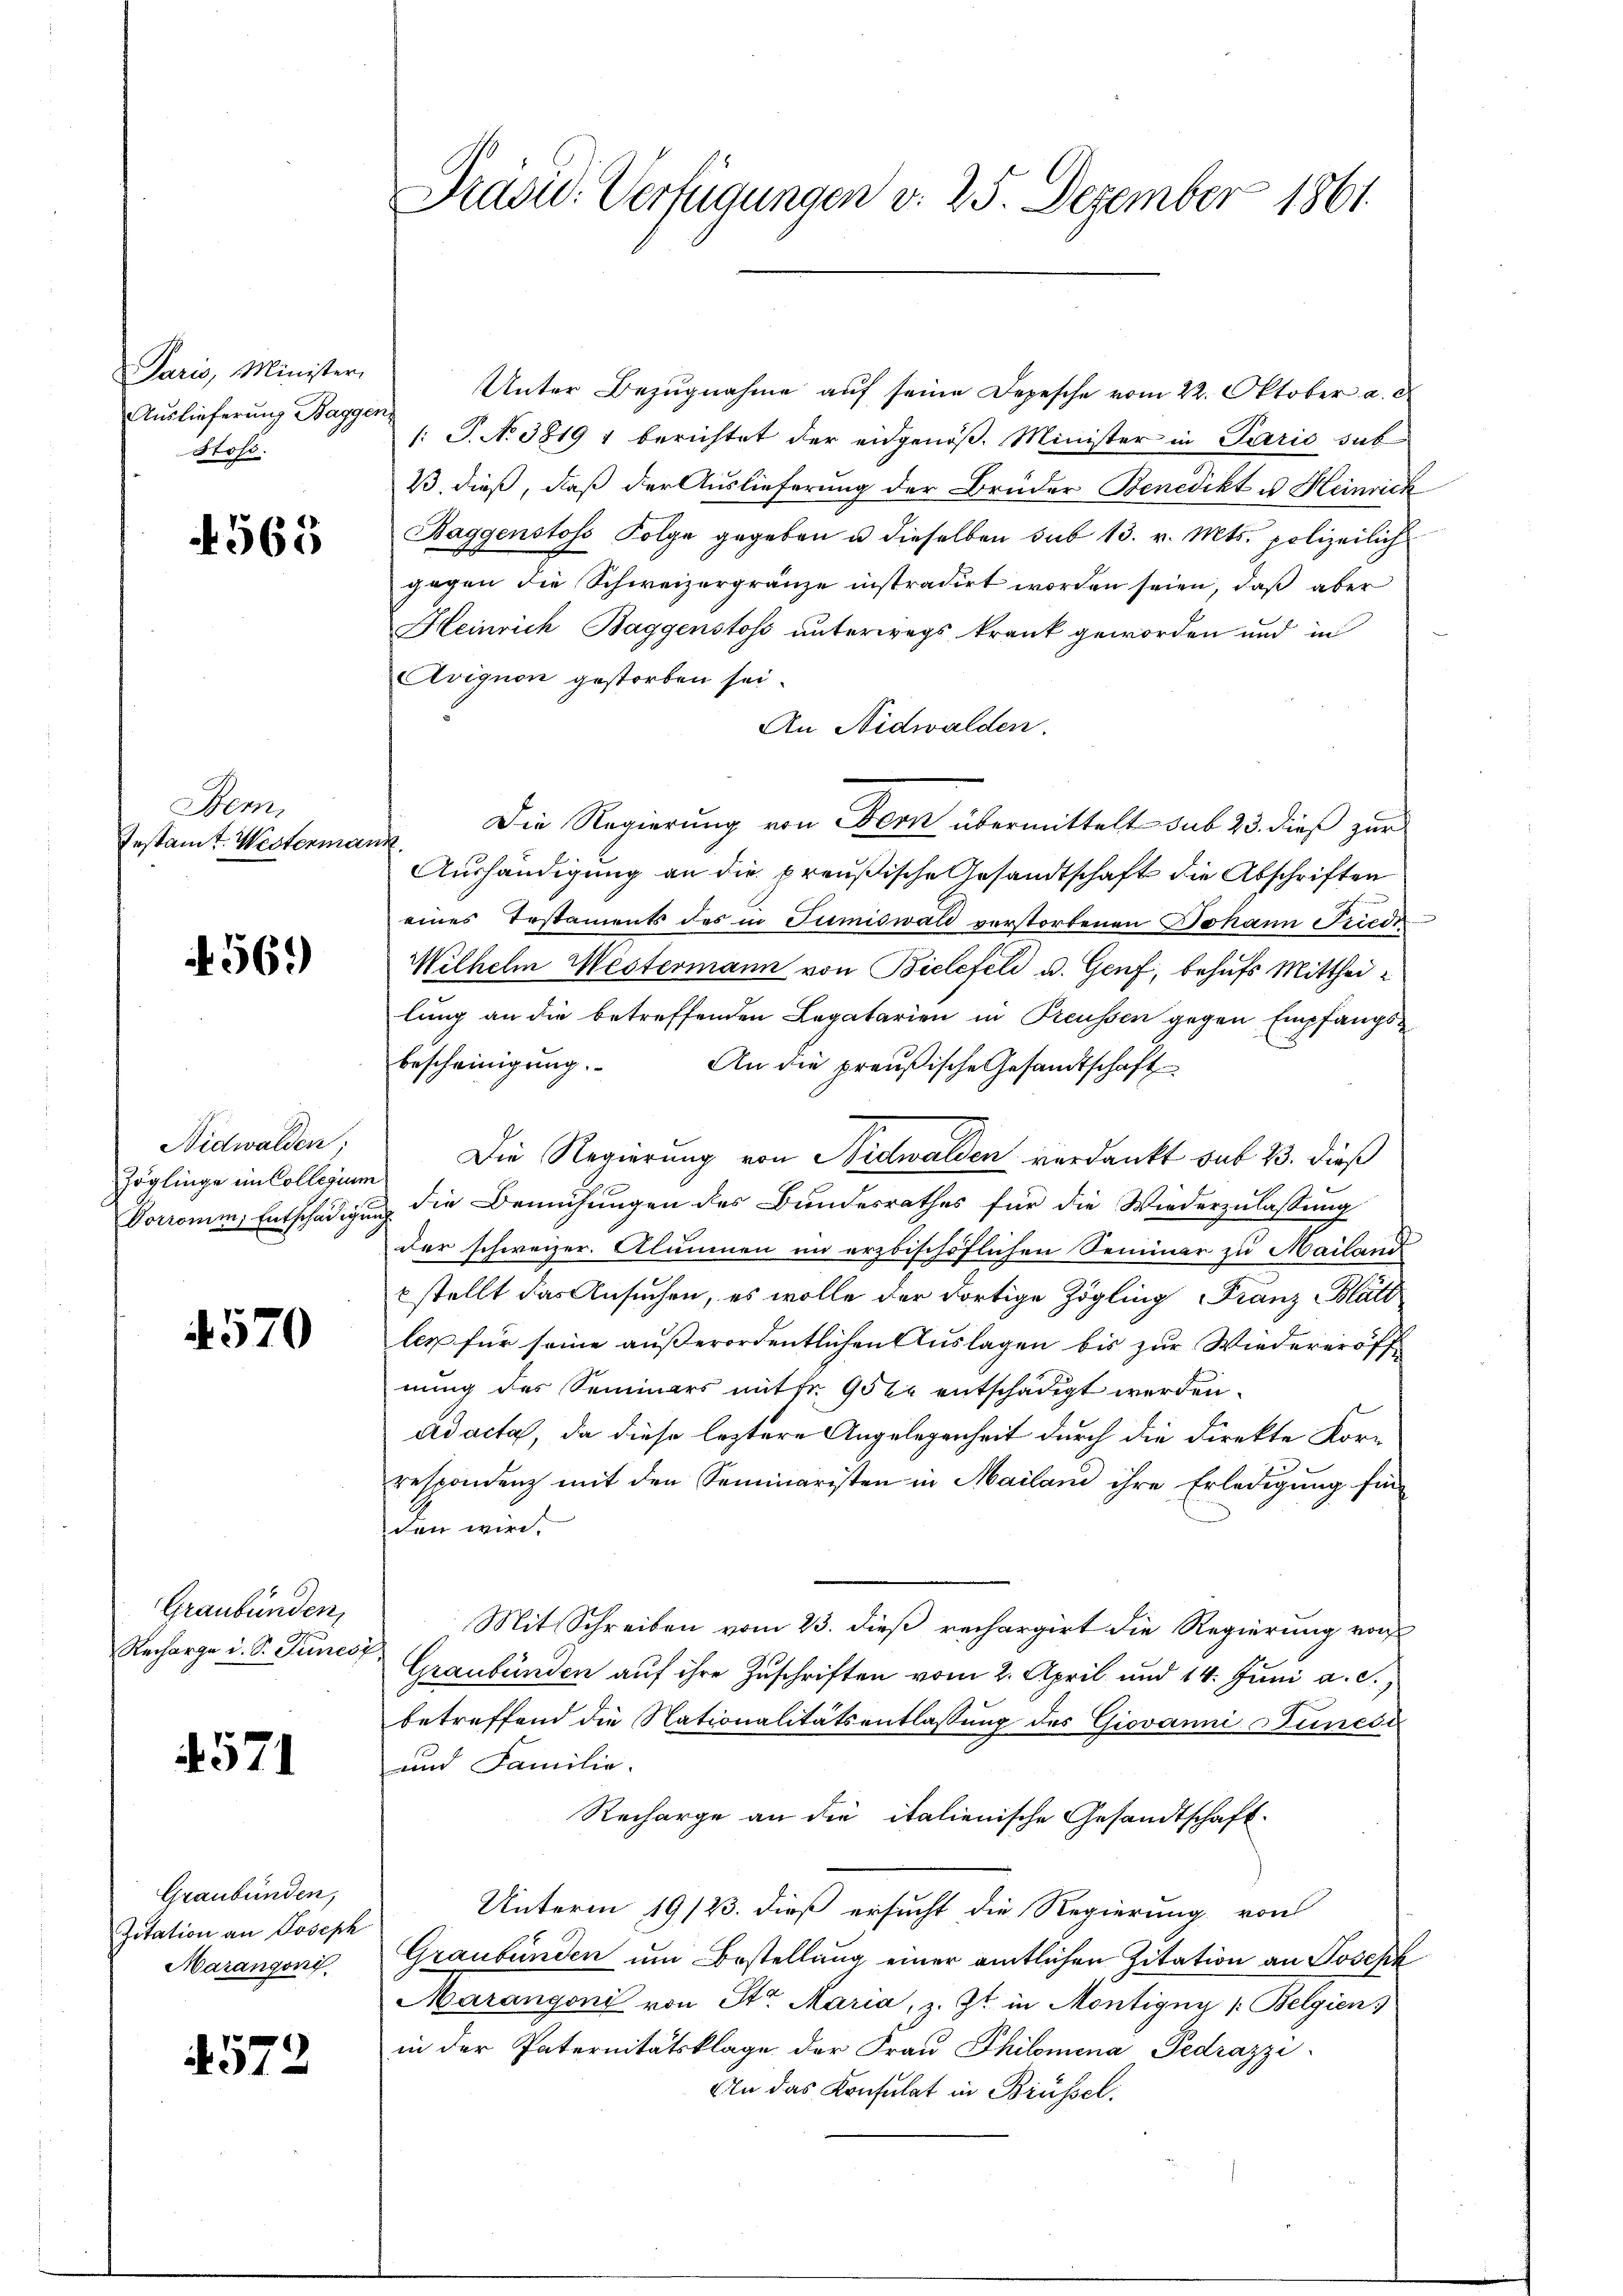
Paris, Minister,
Auslieferung Baggen.
Stoss.

4565

Bern
Testandt. Westermann.

569

Nidwalden;

570

Graubünden,
Recharge u. S. Puncoy

4571

Graubünden,
Zitation an Joseph
Marangoni

4572

Unter Bezugnahme auf seine Depesche vom 22. Oktober a. d
/: J. N. 3819 1 berichtet der eidgenöß. Minister in Paris sub
B. dieß, daß der Auslieferung der Brüder Benedikt u. Heinrich
Baggenstoss Folge gegeben u dieselben sub 13. v. Mts. polizeilich
gegen die Schweizergränze instradirt worden seien, daß aber
Heinrich Baggenstoss unterwegs krank geworden und in
Avignon gestorben sei.
An Nidwalden.
Die Regierung von Fern übermittelt sub 23. dieß zur
Aushändigung an die preußische Gesandtschaft die Abschriften
eines Testaments des in Tumiswald verstorbenen Johann Friede
Wilhelm Westermann von Bielefeli u. Genf, behufs Mittheilung an die betreffenden Legatarien in Preussen gegen Empfangsbescheinigung.
An die preußische Gesandtschaft
Zöglinge im Collegium Die Regierung von Nidwalden verdankt sub 23. dieß
Vorromm, Entschädigung die Bemühungen des Bundesrathes für die Wiederzulassung
der schweizer. Alammen im erzbischöflichen Seminar zu Mailand
kstellt das Ansuchen, es wolle der dortige Zögling Franz Blätt
lex für seine außerordentlichen Auslagen bis zur Wiedereröff
nung des Seminars mit fr. 95 xr entschädigt werden.
ad acta, da diese leztere Angelegenheit durch die Direkte Korrespondenz mit den Seminaristen in Mailand ihre Erledigung fin
den wird.
Mit Schreiben vom 23. dieß rechargirt die Regierung vor
Graubünden auf ihre Zuschriften vom 2. April und 14. Juni a. c.,
betreffend die Nationalitätsentlassung des Giovanni uncsi
und Familie.
Recharge an die italienische Gesandtschaft.
Unterm 19/23. dieß ersucht die Regierung von
Graubünden um Bestellung einer amtlichen Zitation an Poschk
Marangoni von Str. Maria, z. Zt. in Montigny /:Belgien
in der Paternitätsklage der Frau Philomina Pedrazzi
An das Konsulat in Brüssel.

Präsid. Verfügungen v. 25. Dezember 1861.